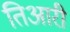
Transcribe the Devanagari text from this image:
तिआरी